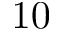
1 0